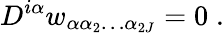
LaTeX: D^{i\alpha}w_{\alpha\alpha_{2}\ldots\alpha_{2J}}=0\; .